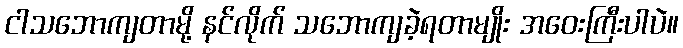
ငါသဘောကျတာမို့ နင်လိုက် သဘောကျခဲ့ရတာမျိုး အဝေးကြီးပါပဲ။